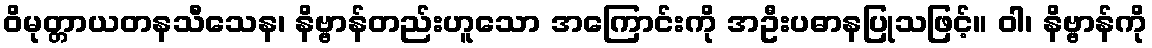
ဝိမုတ္တာယတနသီသေန၊ နိဗ္ဗာန်တည်းဟူသော အကြောင်းကို အဦးပဓာနပြုသဖြင့်။ ဝါ၊ နိဗ္ဗာန်ကို